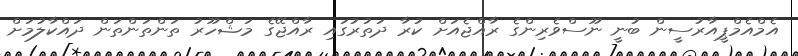
އެމްއެމްޕީއާރުސީން ބުނީ ނޫސްވެރިންގެ ރާއްޖެއަށް ކުރާ ދަތުރުގައި ރާއްޖޭގެ މަޝްހޫރު ތަންތަންތަން ދައްކާލުމަށް